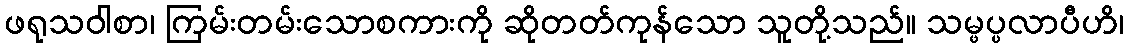
ဖရုသဝါစာ၊ ကြမ်းတမ်းသောစကားကို ဆိုတတ်ကုန်သော သူတို့သည်။ သမ္ဖပ္ပလာပီဟိ၊